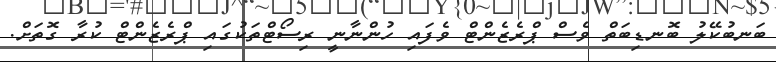
ބަނބުކޭލު ބޮނޑިބަތް ވެސް ޕްރެޒެންޓް ވެފައި ހުންނާނީ ރިސޯޓްތަކުގައި ޕްރެޒެންޓް ކުރާ ގޮތަށް.